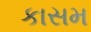
કાસમ